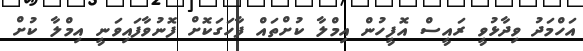
އަހްމަދު ވިދާޅުވީ ރައީސް އޮފީހުން އިމްލާ ކުށްތައް ފާހަގަކޮށް ފޮނުވާފައިވަނީ އިމްލާ ކުށް